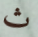
ث